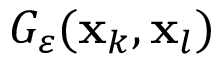
G _ { \varepsilon } ( \mathbf { x } _ { k } , \mathbf { x } _ { l } )